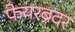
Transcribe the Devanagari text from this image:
फेयरब्रदर